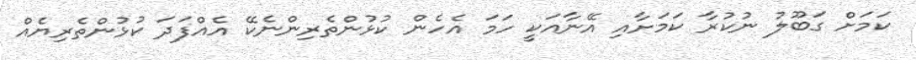
ކަމަށް ގަބޫލު ނުކުރާ ކަމަށާއި އޭނާއަކީ ހަމަ އެހެން ކުޅުންތެރިންނެކޭ އެއްފަދަ ކުޅުންތެރިޔެއް